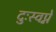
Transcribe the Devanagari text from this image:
दुःस्वप्ने